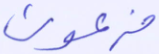
فرعون